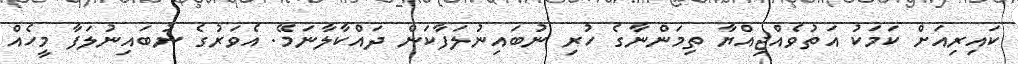
ކައިރިއަށް ކަމަކު އަތުވެއްޖިއްޔާ ތިމަންނާގެ ހުރި ނުބައިނުލަފާކަން ދައްކާލާނަމޭ. އެވަރުގެ ނުބައިނުލަފާ މީހެއް